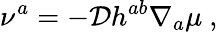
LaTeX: \nu^{a}=-\mathcal{D}h^{ab}\nabla_{a}\mu~,